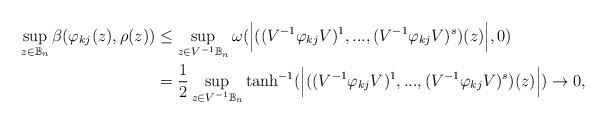
\begin{align*}\sup_{z\in\mathbb{B}_n} \beta(\varphi_{kj} (z),\rho(z))&\leq\sup_{z\in V^{-1}\mathbb{B}_n} \omega(\Big{|}((V^{-1}\varphi_{kj} V)^1,...,(V^{-1}\varphi_{kj} V)^s)(z)\Big{|},0)\\&= \dfrac{1}{2} \sup_{z\in V^{-1}\mathbb{B}_n} \tanh^{-1} (\Big{|}((V^{-1}\varphi_{kj} V)^1,...,(V^{-1}\varphi_{kj} V)^s)(z)\Big{|})\rightarrow 0,\end{align*}